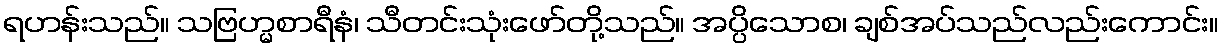
ရဟန်းသည်။ သဗြဟ္မစာရီနံ၊ သီတင်းသုံးဖော်တို့သည်။ အပ္ပိသောစ၊ ချစ်အပ်သည်လည်းကောင်း။